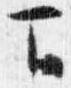
下